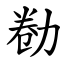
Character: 勌